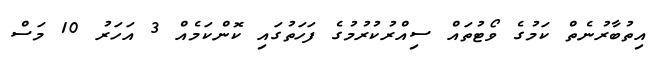
އިތުބާރުނެތް ކަމުގެ ވޯޓުތައް ސިއްރުކުރުމުގެ ފަހަތުގައި ކޮންކަމެއް 3 އަހަރު 10 މަސް